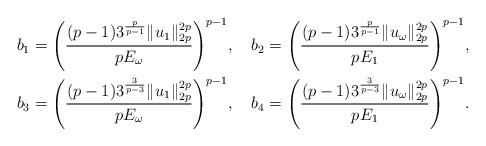
LaTeX: \begin{align*}&b_{1}=\Bigg(\frac{(p-1)3^{\frac{p}{p-1}}\|u_{1}\|_{2p}^{2p}}{pE_{\omega}}\Bigg)^{p-1},\ \ \ b_{2}=\Bigg(\frac{(p-1)3^{\frac{p}{p-1}}\|u_{\omega}\|_{2p}^{2p}}{pE_{1}}\Bigg)^{p-1},\\&b_{3}=\Bigg(\frac{(p-1)3^{\frac{3}{p-3}}\|u_{1}\|_{2p}^{2p}}{pE_{\omega}}\Bigg)^{p-1},\ \ \ b_{4}=\Bigg(\frac{(p-1)3^{\frac{3}{p-3}}\|u_{\omega}\|_{2p}^{2p}}{pE_{1}}\Bigg)^{p-1}.\end{align*}